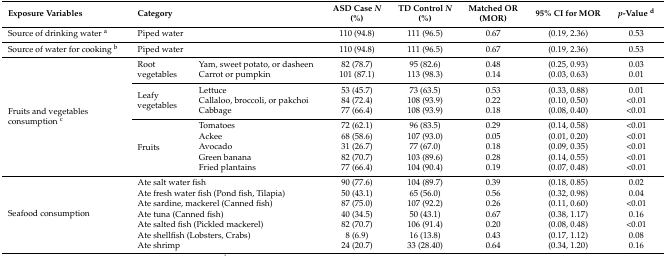
<table><thead><tr><td><b>Exposure Variables</b></td><td colspan="2"><b>Category</b></td><td><b>ASD Case <i>N</i> (%)</b></td><td><b>TD Control <i>N</i> (%)</b></td><td><b>Matched OR (MOR)</b></td><td><b>95% CI for MOR</b></td><td><b><i>p</i>-Value <sup>d</sup></b></td></tr></thead><tbody><tr><td>Source of drinking water <sup>a</sup></td><td colspan="2">Piped water</td><td>110 (94.8)</td><td>111 (96.5)</td><td>0.67</td><td>(0.19, 2.36)</td><td>0.53</td></tr><tr><td>Source of water for cooking <sup>b</sup></td><td colspan="2">Piped water</td><td>110 (94.8)</td><td>111 (96.5)</td><td>0.67</td><td>(0.19, 2.36)</td><td>0.53</td></tr><tr><td rowspan="10">Fruits and vegetables consumption <sup>c</sup></td><td rowspan="2">Root vegetables</td><td>Yam, sweet potato, or dasheen</td><td>82 (78.7)</td><td>95 (82.6)</td><td>0.48</td><td>(0.25, 0.93)</td><td>0.03</td></tr><tr><td>Carrot or pumpkin</td><td>101 (87.1)</td><td>113 (98.3)</td><td>0.14</td><td>(0.03, 0.63)</td><td>0.01</td></tr><tr><td rowspan="3">Leafy vegetables</td><td>Lettuce</td><td>53 (45.7)</td><td>73 (63.5)</td><td>0.53</td><td>(0.33, 0.88)</td><td>0.01</td></tr><tr><td>Callaloo, broccoli, or pakchoi</td><td>84 (72.4)</td><td>108 (93.9)</td><td>0.22</td><td>(0.10, 0.50)</td><td>&lt;0.01</td></tr><tr><td>Cabbage</td><td>77 (66.4)</td><td>108 (93.9)</td><td>0.18</td><td>(0.08, 0.40)</td><td>&lt;0.01</td></tr><tr><td rowspan="5">Fruits</td><td>Tomatoes</td><td>72 (62.1)</td><td>96 (83.5)</td><td>0.29</td><td>(0.14, 0.58)</td><td>&lt;0.01</td></tr><tr><td>Ackee</td><td>68 (58.6)</td><td>107 (93.0)</td><td>0.05</td><td>(0.01, 0.20)</td><td>&lt;0.01</td></tr><tr><td>Avocado</td><td>31 (26.7)</td><td>77 (67.0)</td><td>0.18</td><td>(0.09, 0.35)</td><td>&lt;0.01</td></tr><tr><td>Green banana</td><td>82 (70.7)</td><td>103 (89.6)</td><td>0.28</td><td>(0.14, 0.55)</td><td>&lt;0.01</td></tr><tr><td>Fried plantains</td><td>77 (66.4)</td><td>104 (90.4)</td><td>0.19</td><td>(0.07, 0.48)</td><td>&lt;0.01</td></tr><tr><td rowspan="7">Seafood consumption</td><td colspan="2">Ate salt water fish</td><td>90 (77.6)</td><td>104 (89.7)</td><td>0.39</td><td>(0.18, 0.85)</td><td>0.02</td></tr><tr><td colspan="2">Ate fresh water fish (Pond fish, Tilapia)</td><td>50 (43.1)</td><td>65 (56.0)</td><td>0.56</td><td>(0.32, 0.98)</td><td>0.04</td></tr><tr><td colspan="2">Ate sardine, mackerel (Canned fish)</td><td>87 (75.0)</td><td>107 (92.2)</td><td>0.26</td><td>(0.11, 0.60)</td><td>&lt;0.01</td></tr><tr><td colspan="2">Ate tuna (Canned fish)</td><td>40 (34.5)</td><td>50 (43.1)</td><td>0.67</td><td>(0.38, 1.17)</td><td>0.16</td></tr><tr><td colspan="2">Ate salted fish (Pickled mackerel)</td><td>82 (70.7)</td><td>106 (91.4)</td><td>0.20</td><td>(0.08, 0.48)</td><td>&lt;0.01</td></tr><tr><td colspan="2">Ate shellfish (Lobsters, Crabs)</td><td>8 (6.9)</td><td>16 (13.8)</td><td>0.43</td><td>(0.17, 1.12)</td><td>0.08</td></tr><tr><td colspan="2">Ate shrimp</td><td>24 (20.7)</td><td>33 (28.40)</td><td>0.64</td><td>(0.34, 1.20)</td><td>0.16</td></tr></tbody></table>